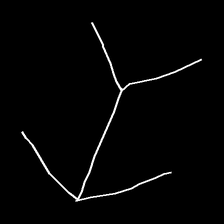
Glyph: gather